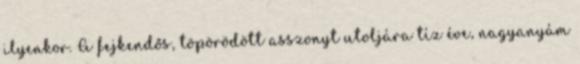
ilyenkor. A fejkendős, töpörödött asszonyt utoljára tíz éve, nagyanyám